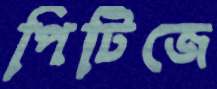
পিটিজে